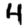
Digit: 4